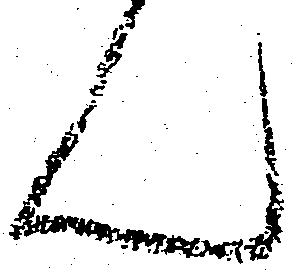
ん